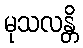
မုသလန္တိ